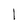
Character: l